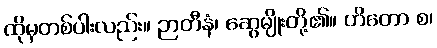
ထိုမှတစ်ပါးလည်း။ ဉာတီနံ၊ ဆွေမျိုးတို့၏။ ဟိတော စ၊